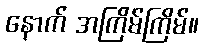
နောက် အကြိမ်ကြိမ်။